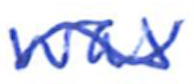
Text: was
Cross-out: wave
Writing tool: ballpoint